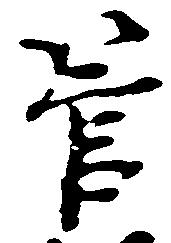
管